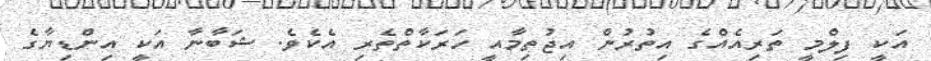
އަކީ ފިލްމީ ތަރިއެއްގެ އިތުރުން އިޖުތިމާއީ ހަރަކާތްތެރި އެކެވެ. ޝަބާނާ އަކީ އިންޑިޔާގެ